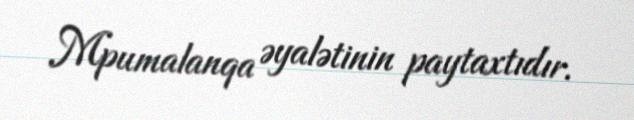
Mpumalanqa əyalətinin paytaxtıdır.